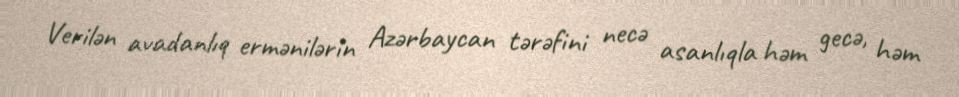
Verilən avadanlıq ermənilərin Azərbaycan tərəfini necə asanlıqla həm gecə, həm